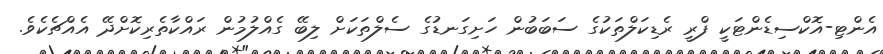
އެންޓި-އޮކްސިޑެންޓަކީ ފްރީ ރެޑިކަލްތަކުގެ ސަބަބުން ހަށިގަނޑުގެ ސެލްތަކަށް ލިބޭ ގެއްލުމުން ރައްކާތެރިކޮށްދޭ އެއްޗެކެވެ.